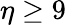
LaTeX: \eta\geq 9